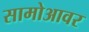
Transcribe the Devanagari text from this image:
सामोआवर